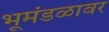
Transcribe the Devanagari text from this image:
भूमंडळावर